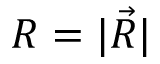
R = | \vec { R } |